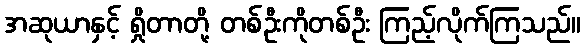
အဆုယာနှင့် ရှိုတာတို့ တစ်ဦးကိုတစ်ဦး ကြည့်လိုက်ကြသည်။